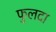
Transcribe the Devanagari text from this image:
फुलदा